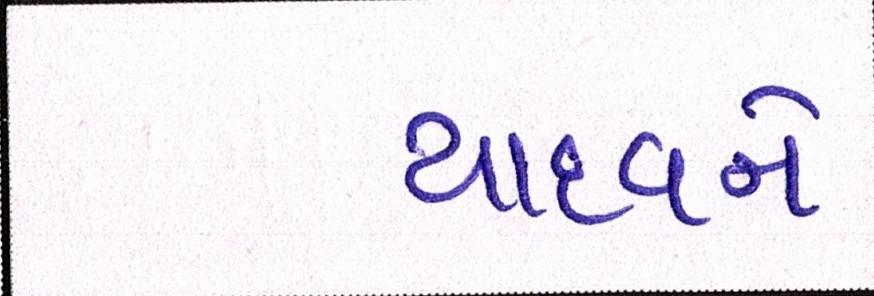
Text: યાદવને